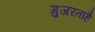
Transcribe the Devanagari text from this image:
गुजरताहै